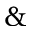
\&